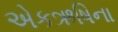
એકઋષિના